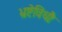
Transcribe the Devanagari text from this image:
भ्रष्टेविधौः